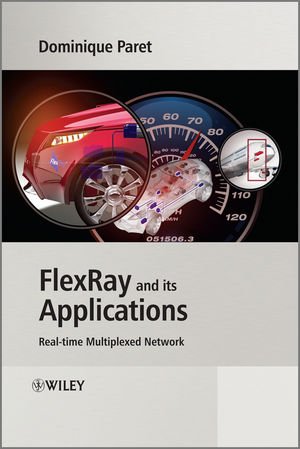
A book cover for FlexRay and its Applications: Real Time Multiplexed Network; Dominique Paret; Engineering & Transportation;